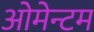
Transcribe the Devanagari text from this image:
ओमेन्टम